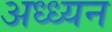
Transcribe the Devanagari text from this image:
अध्ध्यन